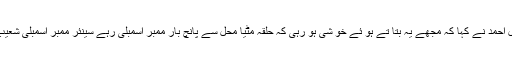
اس مو قع پرکا نگر یس کے سینئر لیڈر شکیل احمد نے کہا کہ مجھے یہ بتا تے ہو ئے خو شی ہو رہی کہ حلقہ مٹیا محل سے پانچ بار ممبر اسمبلی رہے سینئر ممبر اسمبلی شعیب اقبال آج کا نگریس میں شا مل ہو گئے ہیں۔